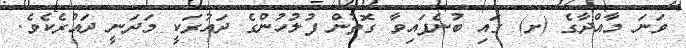
ވަނަ މާއްދާގެ (ށ) ގައި ބުނެފައިވާ ގޮތުން ފުލުހުންގެ ދައުރަކީ މަދަނީ ދައުރެކެވެ.